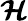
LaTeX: \boldsymbol{\mathcal{H}}